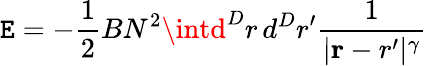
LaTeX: \mathtt{E}=-{\frac{{1}}{{2}}}BN^{2}\intd^{D}r\, d^{D}r^{\prime}{\frac{{1}}{{|{\mathbf{r}-r^{\prime}}|^{\gamma}}}}